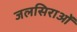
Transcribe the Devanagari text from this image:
जलसिराओं